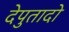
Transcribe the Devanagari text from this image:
देपुतादो